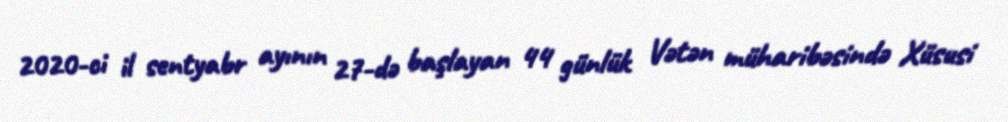
2020-ci il sentyabr ayının 27-də başlayan 44 günlük Vətən müharibəsində Xüsusi